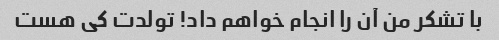
با تشکر من آن را انجام خواهم داد! تولدت کی هست